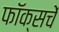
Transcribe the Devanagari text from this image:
फॉक्सचें